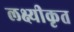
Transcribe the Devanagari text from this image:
लक्ष्यीकृत